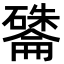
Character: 𪿽